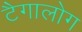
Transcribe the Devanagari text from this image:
टैगालोग